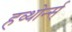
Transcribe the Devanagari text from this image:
हव्थोर्न्स्